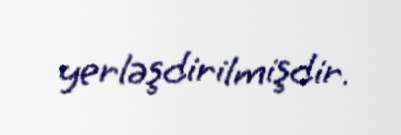
yerləşdirilmişdir.